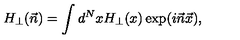
H _ { \perp } ( \vec { n } ) = \int d ^ { N } x H _ { \perp } ( x ) \exp ( i \vec { n } \vec { x } ) ,